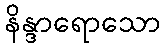
နိန္ဒာရောသော